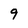
Character: 9